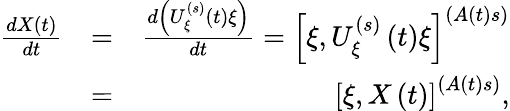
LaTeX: \begin{array}{rlr}{\frac{dX\left(t\right)}{dt}}&{=}&{\frac{d\left(U_{\xi}^{\left(s\right)}\left(t\right)\xi\right)}{dt}=\left[\xi,U_{\xi}^{\left(s\right)}\left(t\right)\xi\right]^{\left(A\left(t\right)s\right)}}\\ &{=}&{\left[\xi,X\left(t\right)\right]^{\left(A\left(t\right)s\right)},}\end{array}